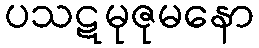
ပသဋမုဇုမနော